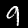
Label: 9